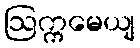
ဩက္ကမေယျ